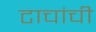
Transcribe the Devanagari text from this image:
टाचांची